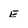
Character: e